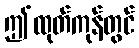
ဤထုတ်ကုန်တွင်